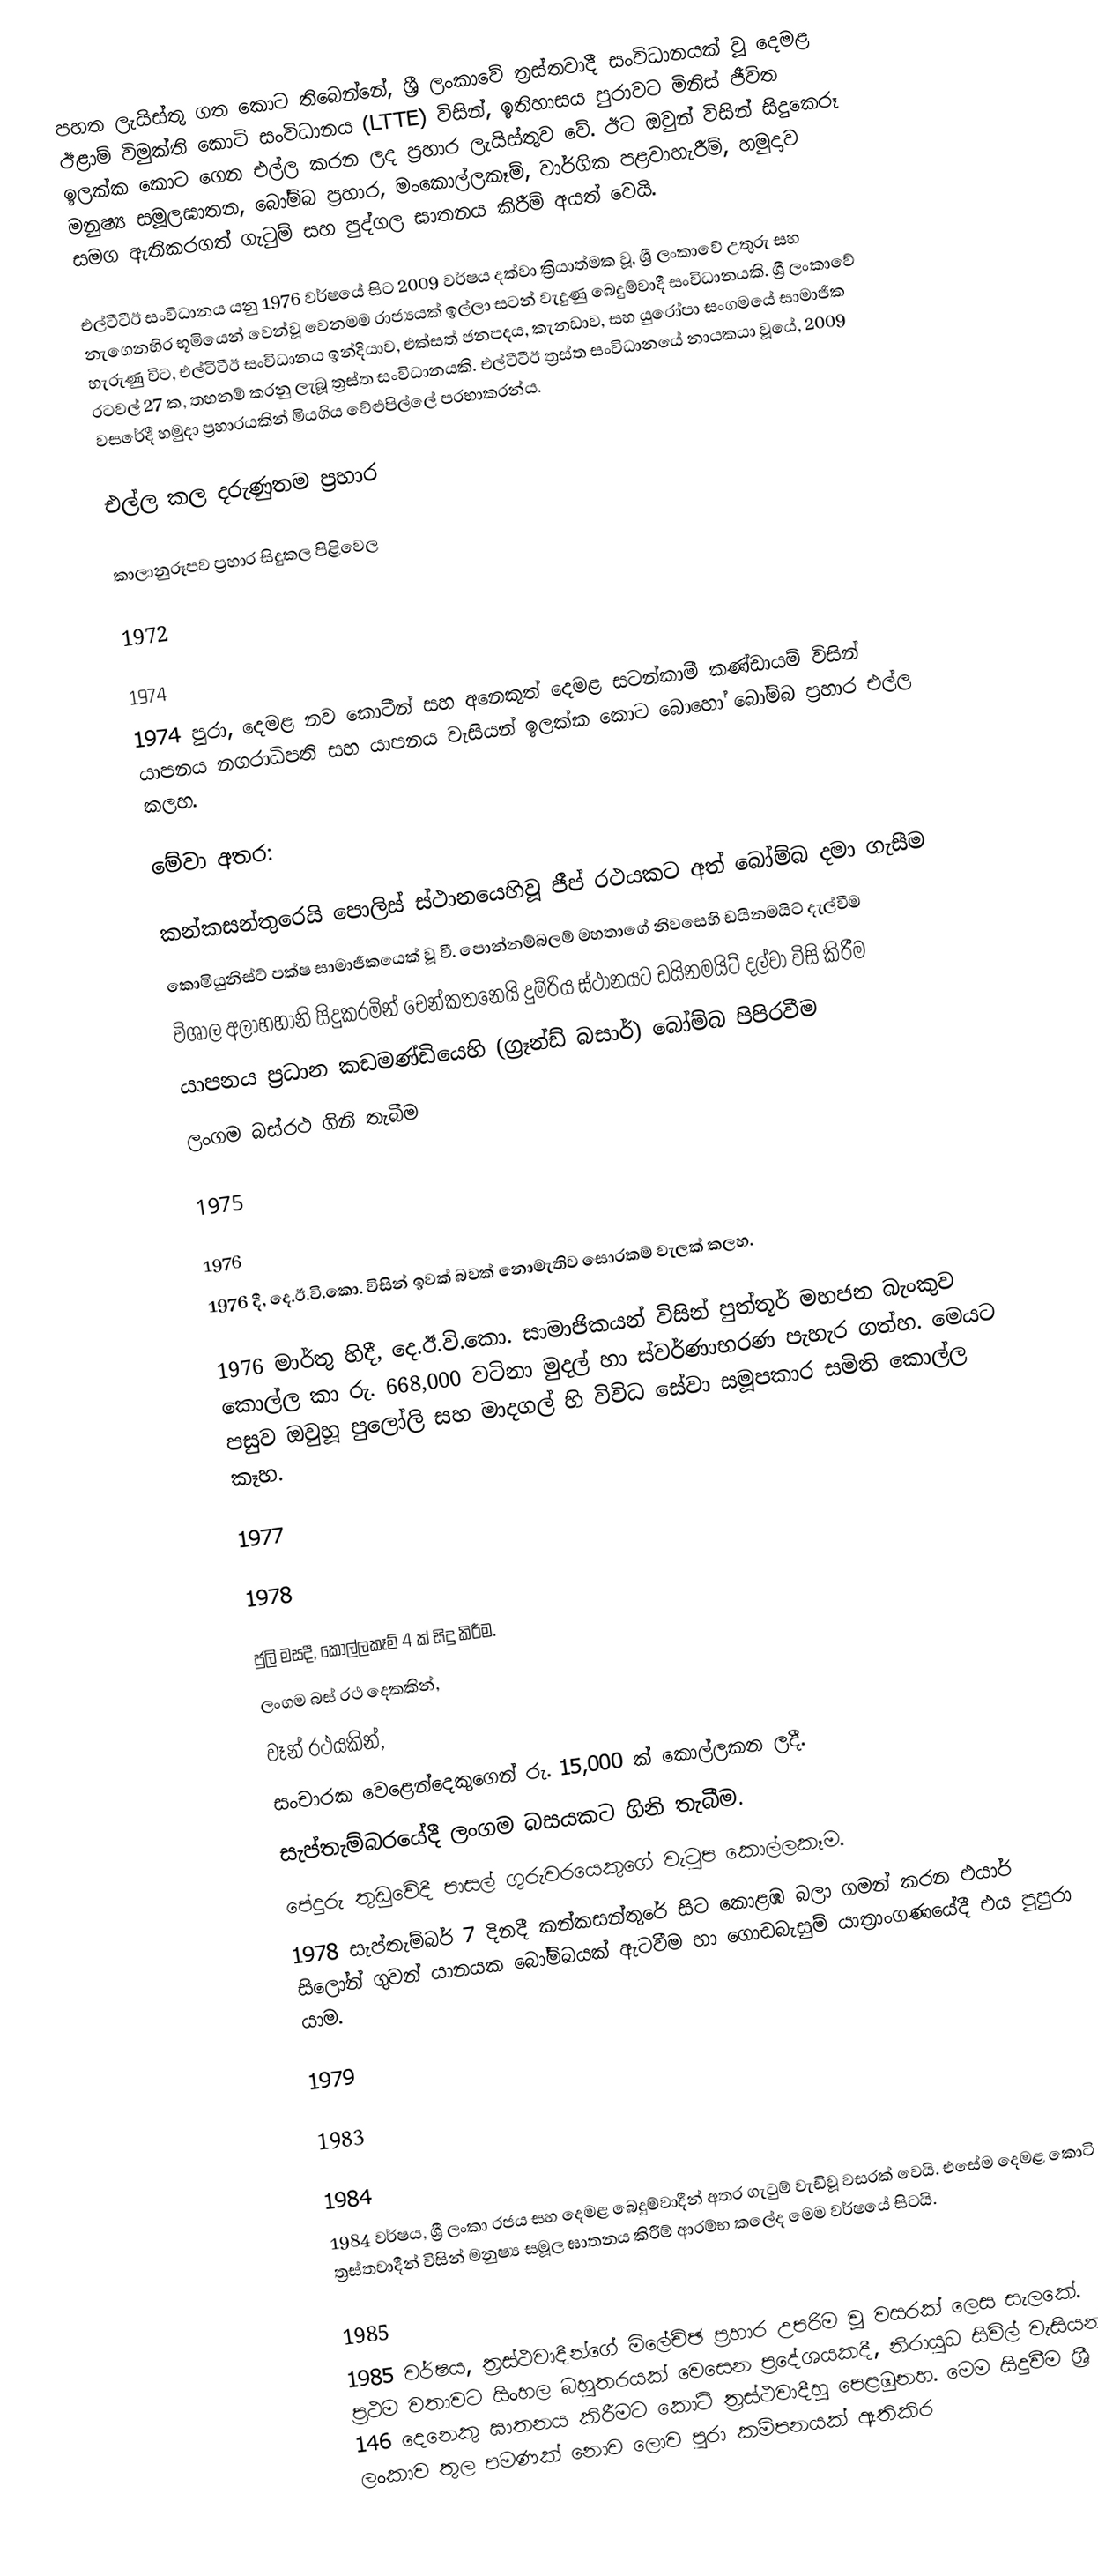
පහත ලැයිස්තු ගත කොට තිබෙන්නේ, ශ්‍රී ලංකාවේ ත්‍රස්තවාදී සංවිධානයක් වූ දෙමළ ඊළාම් විමුක්ති කොටි සංවිධානය (LTTE) විසින්, ඉතිහාසය පුරාවට මිනිස් ජීවිත ඉලක්ක කොට ගෙන එල්ල කරන ලද ප්‍රහාර ලැයිස්තුව වේ. ඊට ඔවුන් විසින් සිදුකෙරූ මනුෂ්‍ය සමූලඝාතන, බෝම්බ ප්‍රහාර, මංකොල්ලකෑම්, වාර්ගික පළවාහැරීම්, හමුදාව සමග ඇතිකරගත් ගැටුම් සහ පුද්ගල ඝාතනය කිරීම් අයත් වෙයි.

එල්ටීටීඊ සංවිධානය යනු 1976 වර්ෂයේ සිට 2009 වර්ෂය දක්වා ක්‍රියාත්මක වූ, ශ්‍රී ලංකාවේ උතුරු සහ නැගෙනහිර භූමියෙන් වෙන්වූ වෙනමම රාජ්‍යයක් ඉල්ලා සටන් වැදුණු බෙදුම්වාදී සංවිධානයකි. ශ්‍රී ලංකාවේ හැරුණු විට, එල්ටීටීඊ සංවිධානය ඉන්දියාව, එක්සත් ජනපදය, කැනඩාව, සහ යුරෝපා සංගමයේ සාමාජික රටවල් 27 ක, තහනම් කරනු ලැබූ ත්‍රස්ත සංවිධානයකි. එල්ටීටීඊ ත්‍රස්ත සංවිධානයේ නායකයා වූයේ, 2009 වසරේදී හමුදා ප්‍රහාරයකින් මියගිය වේළුපිල්ලේ ප‍්‍රභාකරන්ය.

එල්ල කල දරුණුතම ප්‍රහාර

කාලානුරූපව ප්‍රහාර සිදුකල පිළිවෙල

1972

1974
 1974 පුරා, දෙමළ නව කොටීන් සහ අනෙකුත් දෙමළ සටන්කාමී කණ්ඩායම් විසින් යාපනය නගරාධිපති සහ යාපනය වැසියන් ඉලක්ක කොට බොහෝ බෝම්බ ප්‍රහාර එල්ල කලහ.

මේවා අතර:

කන්කසන්තුරෙයි පොලිස් ස්ථානයෙහිවූ ජීප් රථයකට අත් බෝම්බ දමා ගැසීම
කොමියුනිස්ට් පක්ෂ සාමාජීකයෙක් වූ වී. පොන්නම්බලම් මහතාගේ නිවසෙහි ඩයිනමයිට් දැල්වීම
විශාල අලාභහානි සිදුකරමින් චෙන්කතනෙයි දුම්රිය ස්ථානයට ඩයිනමයිට් දල්වා විසි කිරීම
යාපනය ප්‍රධාන කඩමණ්ඩියෙහි (ග්‍රෑන්ඩ් බසාර්) බෝම්බ පිපිරවීම
ලංගම බස්රථ ගිනි තැබීම

1975

1976
1976 දී, දෙ.ඊ.වි.කො. විසින් ඉවක් බවක් නොමැතිව සොරකම් වැලක් කලහ.

1976 මාර්තු හිදී, දෙ.ඊ.වි.කො. සාමාජිකයන් විසින් පුත්තූර් මහජන බැංකුව කොල්ල කා   රු. 668,000 වටිනා මුදල් හා ස්වර්ණාභරණ පැහැර ගත්හ. මෙයට පසුව ඔවුහූ පුලෝලි සහ මාදගල් හි විවිධ සේවා සමූපකාර සමිති කොල්ල කෑහ.

1977

1978

ජුලි මසදී, කොල්ලකෑම් 4 ක් සිදු කිරීම.
ලංගම බස් රථ දෙකකින්,
වෑන් රථයකින්,
සංචාරක වෙළෙන්දෙකුගෙන් රු. 15,000 ක් කොල්ලකන ලදී.
සැප්තැම්බරයේදී ලංගම බසයකට ගිනි තැබීම.
පේදුරු තුඩුවේදී පාසල් ගුරුවරයෙකුගේ වැටුප කොල්ලකෑම.
1978 සැප්තැම්බර් 7 දිනදී කන්කසන්තුරේ සිට කොළඹ බලා ගමන් කරන එයාර් සිලෝන් ගුවන් යානයක බෝම්බයක් ඇටවීම හා ගොඩබැසුම් යාත්‍රාංගණයේදී එය පුපුරා යාම.

1979

1983

1984
1984 වර්ෂය, ශ්‍රී ලංකා රජය සහ දෙමළ බෙදුම්වාදීන් අතර ගැටුම් වැඩිවූ වසරක් වෙයි. එසේම දෙමළ කොටි ත්‍රස්තවාදීන් විසින් මනුෂ්‍ය සමූල ඝාතනය කිරීම් ආරම්භ කලේද මෙම වර්ෂයේ සිටයි.

1985
1985 වර්ෂය, ත්‍රස්ථවාදීන්ගේ මිලේච්ඡ ප්‍රහාර උපරිම වූ වසරක් ලෙස සැලකේ. ප්‍රථම වතාවට සිංහල බහුතරයක් වෙසෙන ප්‍රදේශයකදී, නිරායුධ සිවිල් වැසියන් 146 දෙනෙකු ඝාතනය කිරීමට කොටි ත්‍රස්ථවාදීහූ පෙළඹුනහ. මෙම සිදුවීම ශ්‍රී ලංකාව තුල පමණක් නොව ලොව පුරා කම්පනයක් ඇතිකිර